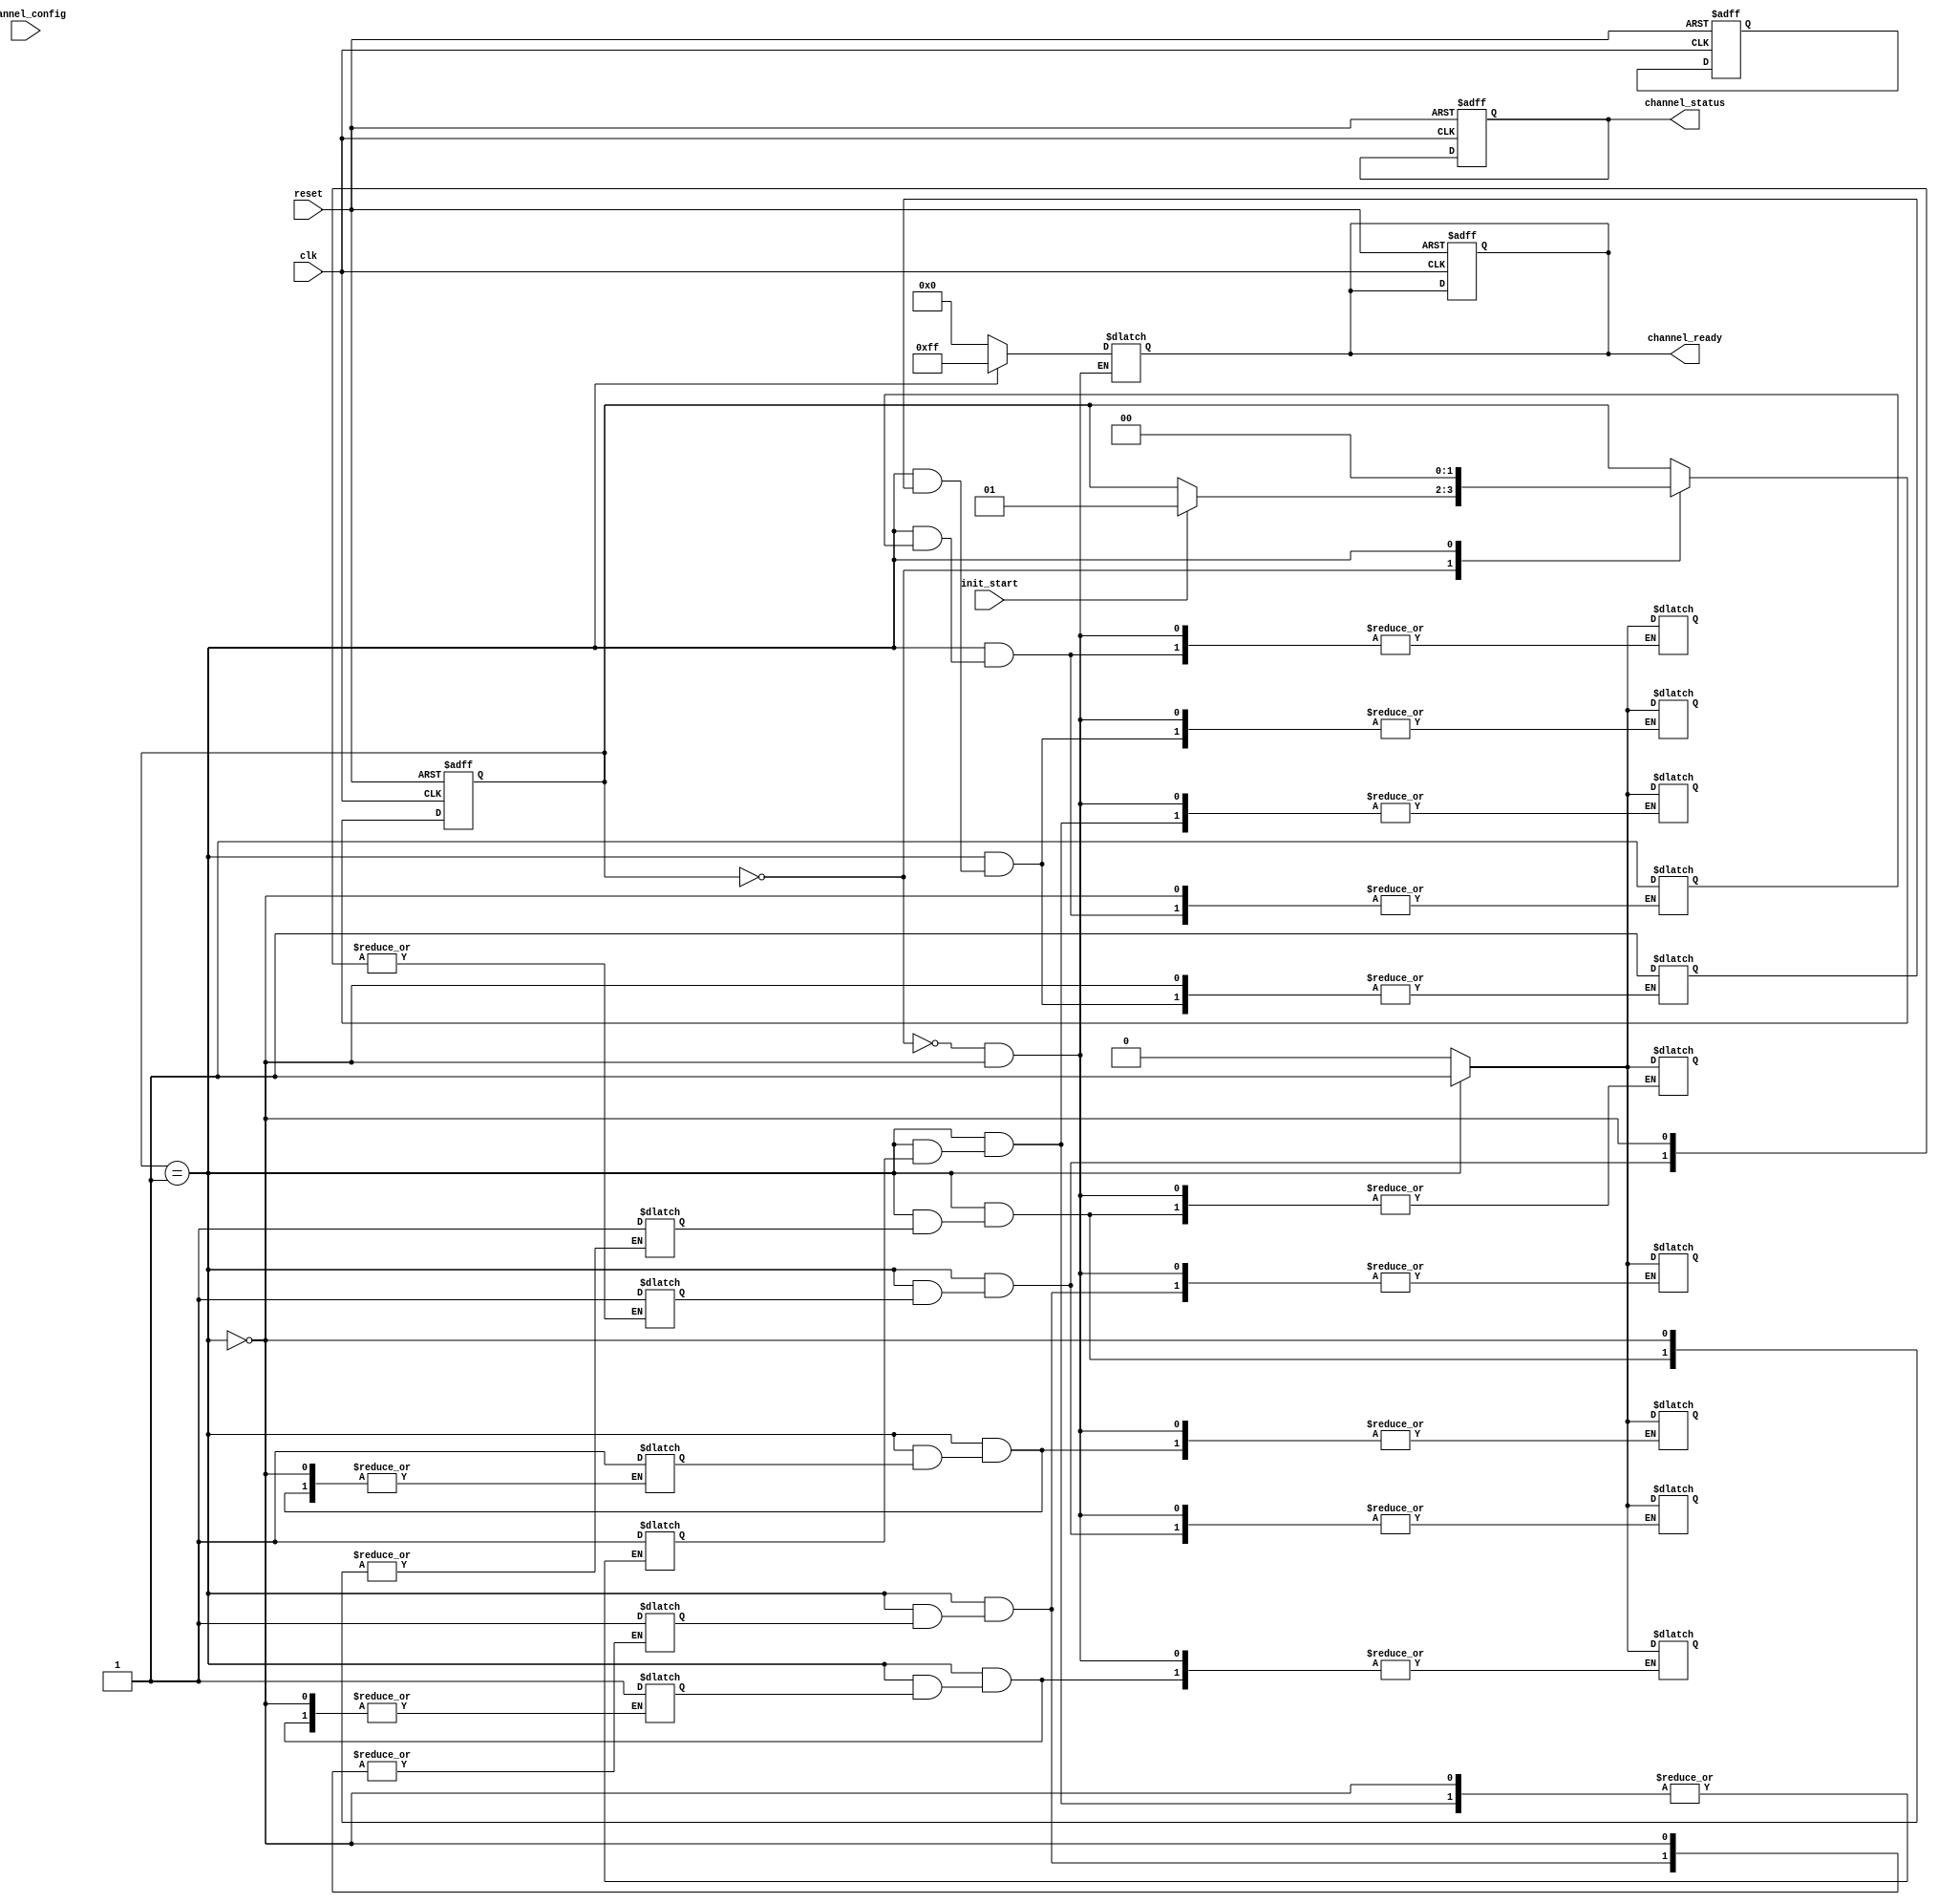
module MultiChannelInitialization #(
    parameter NUM_CHANNELS = 8  // Parameter to define the number of channels
)(
    input wire clk,
    input wire reset,
    input wire init_start,
    input wire [NUM_CHANNELS*4-1:0] channel_config, // Assuming 4 bits per channel config
    output reg [NUM_CHANNELS-1:0] channel_ready,
    output reg [NUM_CHANNELS-1:0] channel_status
);
    
    reg [NUM_CHANNELS-1:0] current_state; // Current state of each channel (0 = uninitialized, 1 = initialized)
    reg init_done; // Flag indicating if initialization is complete
    integer i; // Loop variable for channel initialization

    // Initialization states
    localparam IDLE = 0,
               INIT = 1;

    reg [1:0] state, next_state;

    // Sequential logic for state transition
    always @(posedge clk or posedge reset) begin
        if (reset) begin
            state <= IDLE;
            channel_ready <= 0;
            channel_status <= 0;
            current_state <= 0;
            init_done <= 0;
        end else begin
            state <= next_state;
        end
    end

    // Combinational logic for next state and output logic
    always @(*) begin
        next_state = state;
        case (state)
            IDLE: begin
                channel_ready = 0;
                channel_status = 0;
                if (init_start) begin
                    next_state = INIT; // Start initialization
                end
            end

            INIT: begin
                channel_ready = 0;
                for (i = 0; i < NUM_CHANNELS; i = i + 1) begin
                    // Read configurations for each channel
                    if (current_state[i] == 0) begin
                        current_state[i] = 1; // Mark channel as initialized
                        channel_status[i] = 1; // Set status as initialized
                    end
                end
                
                // Check if all channels are initialized
                if (&current_state) begin
                    init_done = 1;
                    channel_ready = {NUM_CHANNELS{1'b1}}; // All channels are ready
                    next_state = IDLE; // Go back to IDLE after completion
                end
            end
        endcase
    end

endmodule